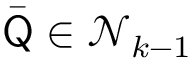
\bar { \mathsf Q } \in \mathcal N _ { k - 1 }